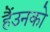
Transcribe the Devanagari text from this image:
हैंउनको